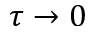
\tau \to 0